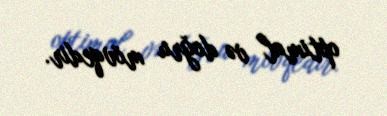
optimal və doğru mövqedir.